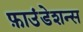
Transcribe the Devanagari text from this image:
फ़ाउंडेशन्स